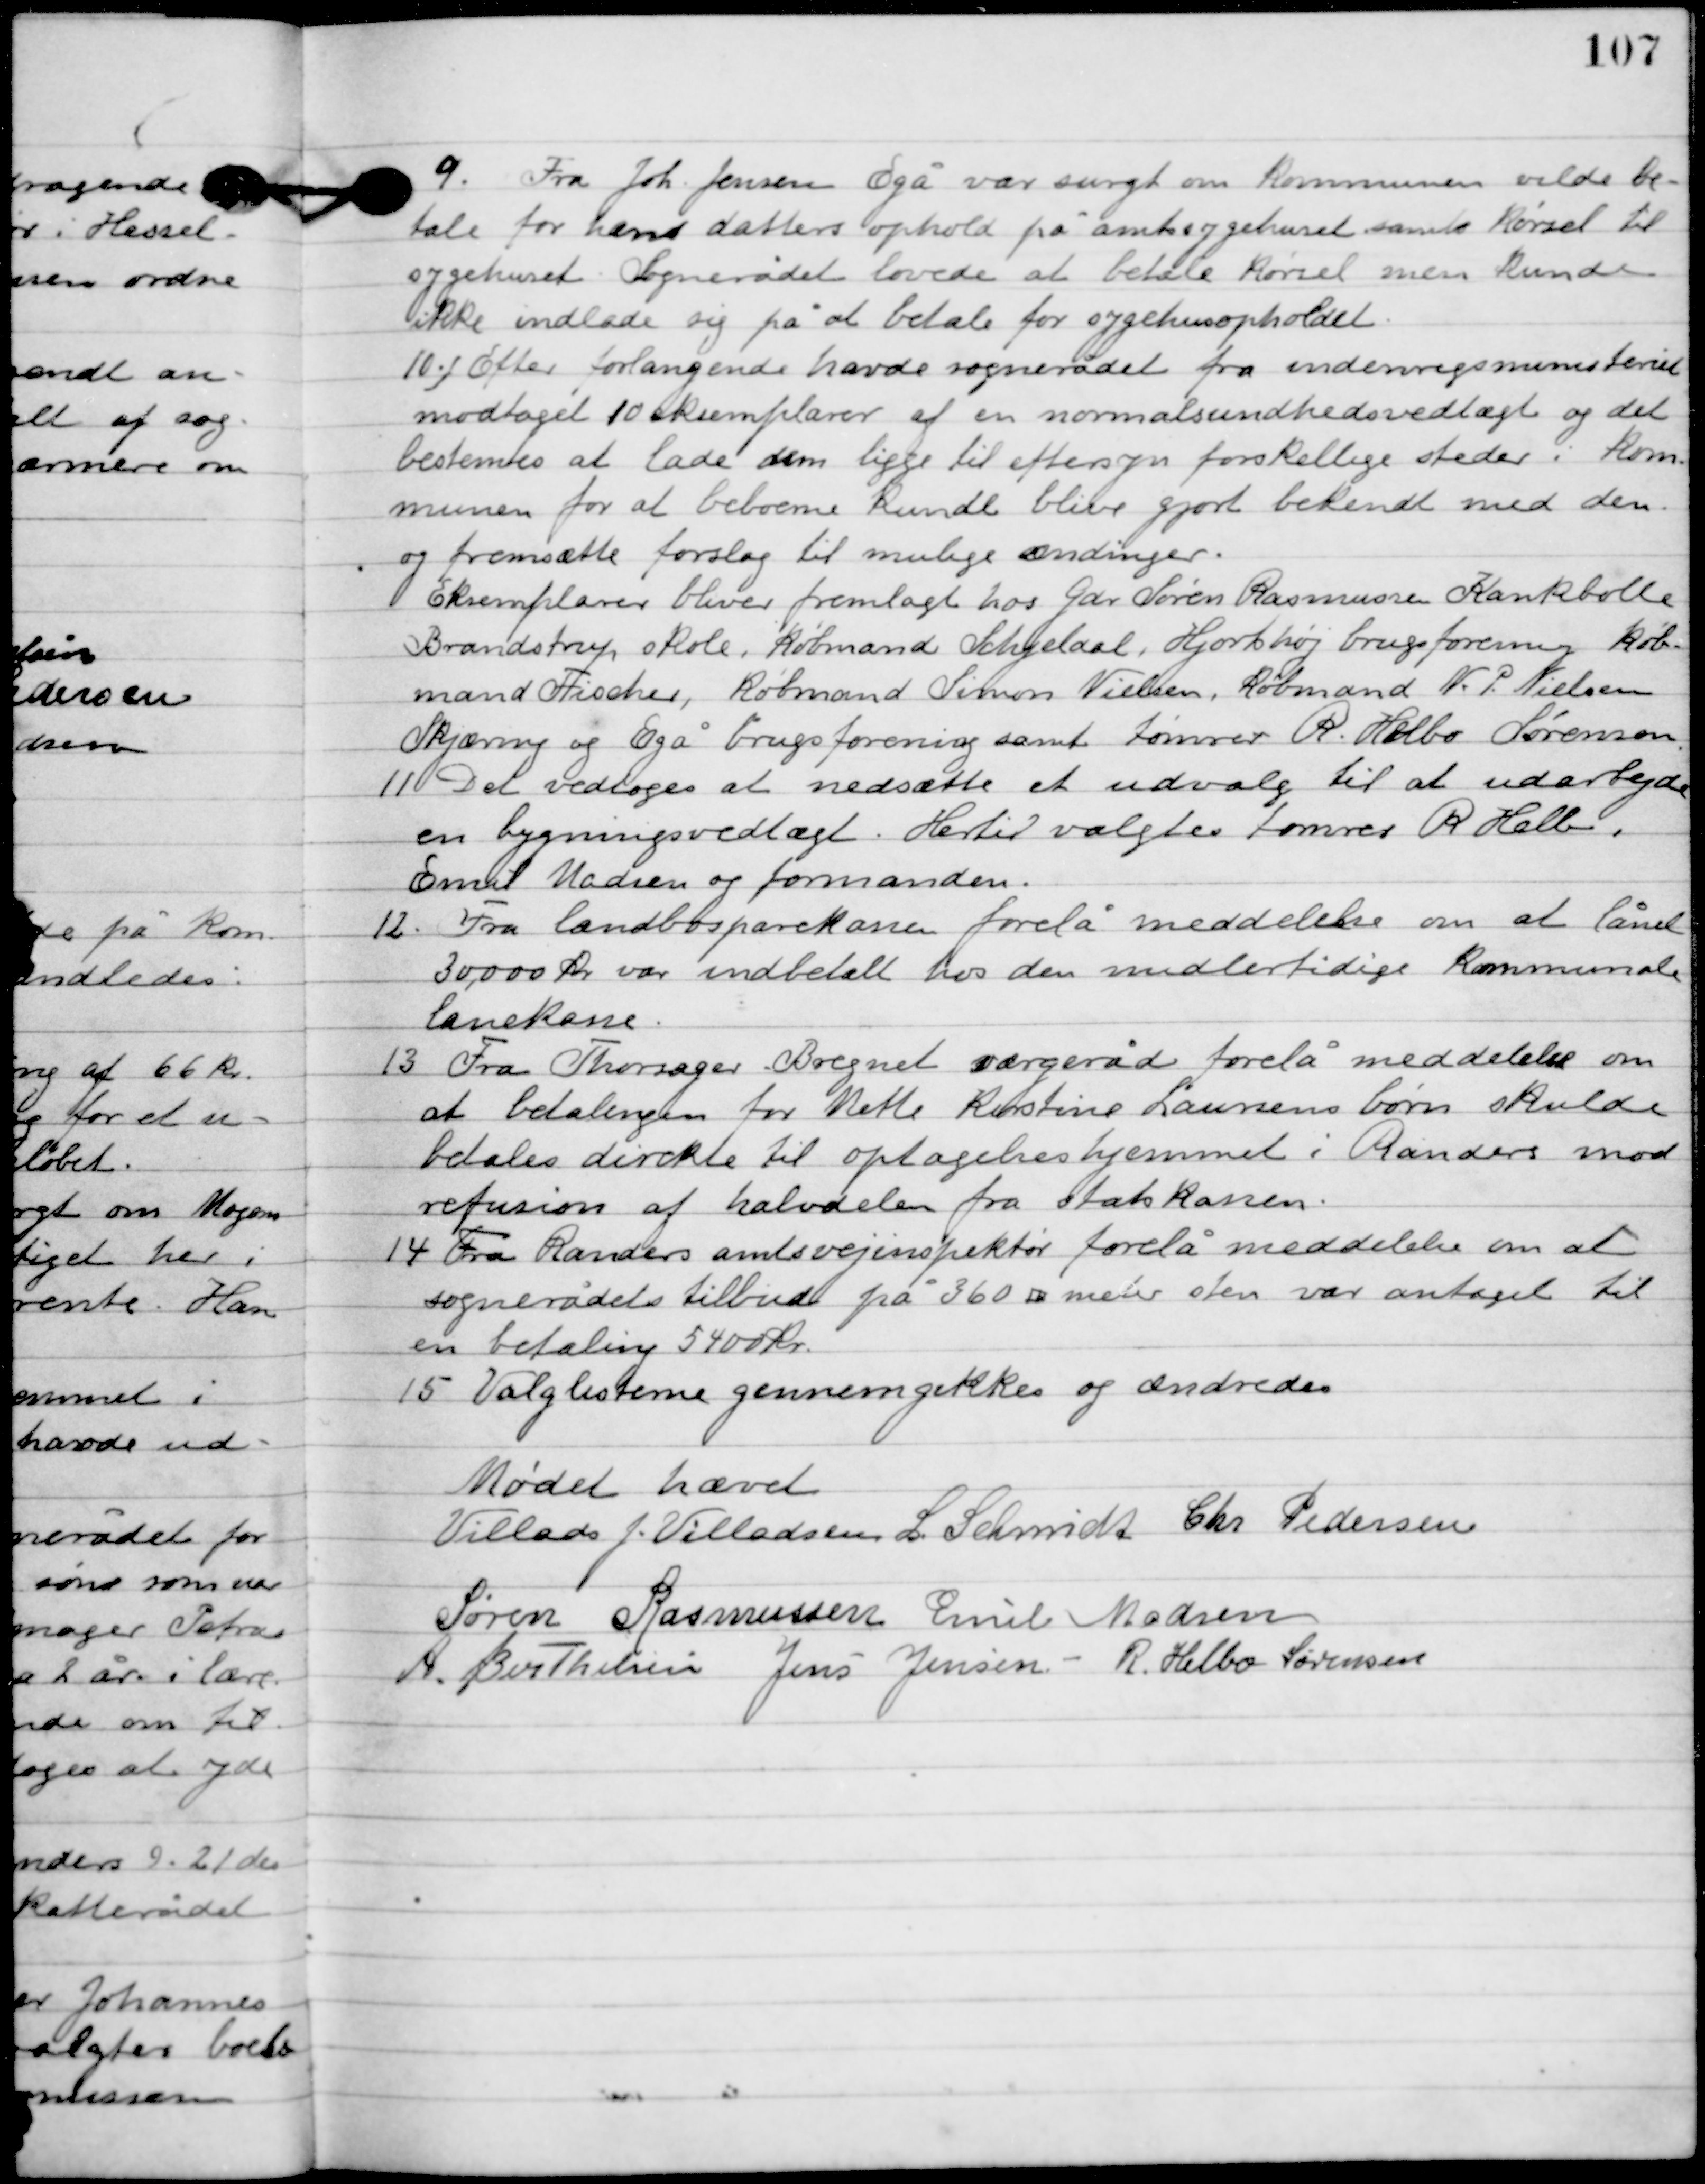
Transskription:
9

Fra Joh. Jensen Egå var spurgt om kommunen vilde be-
tale for hans datters ophold på amtssygehuset samt kørsel til
sygehuset. Sognerådet lovede at betale kørsel men kunde
ikke indlade sig på at betale for sygehusopholdet.

10

Efter forlangende havde sognerådet fra indenrigsministeriet
modtage 10 eksemplarer af en normalsundhedsvedtægt og det
bestemtes at lade dem ligge til eftersyn forskellige steder i kom-
munen for at beboerne kunde blive gjort bekendt med den
og fremsætte forslag til mulige ændringer.
Eksemplarer bliver fremlagt hos gdr. Søren Rasmussen Kankbølle
Brandstrup, skole, købmand Schjeldahl, Hjortshøj brugsforening, køb-
mand Fischer, købmand Simon Nielsen, købmand N.P. Nielsen
Skjæring og Egå brugsforening samt tømmer R. Helbo Sørensen.

11

Det vedtoges at nedsætte et udvalg til at udarbejde
en bygningsvedtægt. Hertil valgtes tømrer R. Helbo,
Emil Madsen og formanden.

12

Fra landbosparekassen forelå meddelelse om at lånet
30.000 kr. var indbetalt hos den midlertidige kommunale
lånekasse.

13

Fra Thorsager Bregnet værgeråd forelå meddelelse om
at betalingen for Mette Kirstine Laursens børn skulde
 betales direkte til optagelseshjemmet i Randers mod
refusion af halvdelen fra statskassen.

14

Fra Randers amtsvejinspektør forelå meddelelse om at
sognerådets tilbud på 360 meter sten var antaget til
en betaling 5400 kr.

15

Valglisterne gennemgikkes og ændredes.

Mødet hævet.

Villads J. Villadsen
I. Schmidt
Chr. Pedersen
Søren Rasmussen
Emil Madsen
A. Berthelsen
Jens Jensen
R. Helbo Sørensen